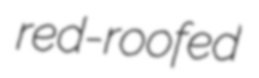
red-roofed